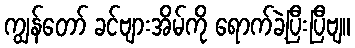
ကျွန်တော် ခင်ဗျားအိမ်ကို ရောက်ခဲ့ပြီးပြီဗျ။